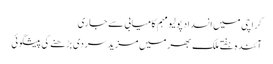
کراچی میں انسداد پولیو مہم کامیابی سے جاری
آئندہ ہفتے ملک بھر میں مزید سردی بڑھنے کی پیشگوئی